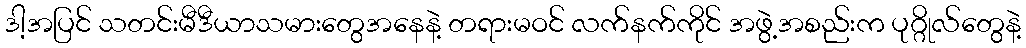
ဒါ့အပြင် သတင်းမီဒီယာသမားတွေအနေနဲ့ တရားမဝင် လက်နက်ကိုင် အဖွဲ့အစည်းက ပုဂ္ဂိုလ်တွေနဲ့